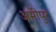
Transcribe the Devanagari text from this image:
अमीपुर